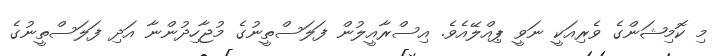
މި ކޮމިޝަންގެ ވެރިއަކީ ނަވީ ޕިއްލޭއެވެ. އިސްރާއީލުން ފަލަސްތީނުގެ މުޖާހިދުންނާ އަދި ފަލަސްތީނުގެ